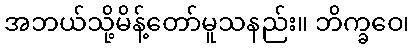
အဘယ်သို့မိန့်တော်မူသနည်း။ ဘိက္ခဝေ၊